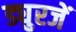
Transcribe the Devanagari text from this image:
ड्युरजें